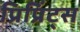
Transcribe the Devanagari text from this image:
प्रिप्रिंट्स